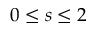
0 \leq s \leq 2